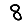
Digit: 8